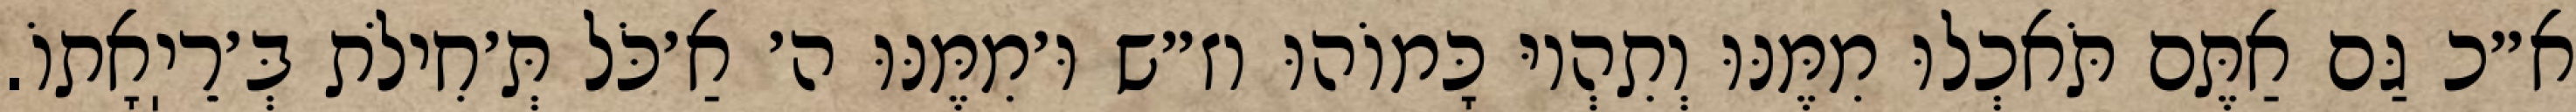
א״כ גַּם אַתֶּם תֹּאכְלוּ מִמֶּנּוּ וְתִהְיוּ כָּמוֹהוּ וז״ש וּ׳מִמֶּנּוּ ה׳ אַ׳כֹּל תְּ׳חִילֹת בְּ׳רֵיֽאָתוֹ.